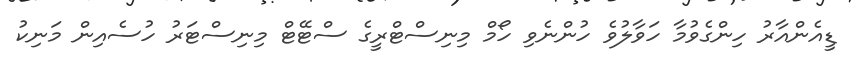
ޑީއެންއާރު ހިންގެވުމާ ހަވާލުވެ ހުންނެވި ހޯމް މިނިސްޓްރީގެ ސްޓޭޓް މިނިސްޓަރު ހުސެއިން މަނިކު